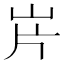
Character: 𡵫